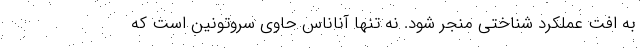
به افت عملکرد شناختی منجر شود. نه تنها آناناس حاوی سروتونین است که